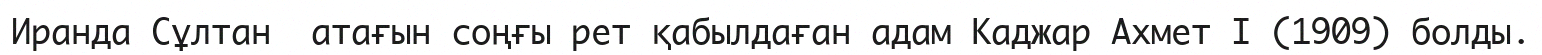
Иранда Сұлтан  атағын соңғы рет қабылдаған адам Каджар Ахмет I (1909) болды.